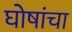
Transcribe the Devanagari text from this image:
घोषांचा